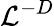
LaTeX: \mathcal L^{-D}